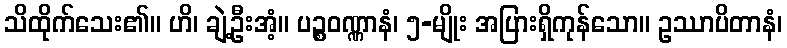
သိထိုက်သေး၏။ ဟိ၊ ချဲ့ဦးအံ့။ ပဉ္စဝဏ္ဏာနံ၊ ၅-မျိုး အပြားရှိကုန်သော။ ဥဿာပိတာနံ၊